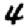
Digit: 4